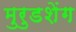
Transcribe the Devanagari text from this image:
मुरुडशेंग